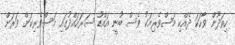
ހިތަދޫން ވާހަކަ ދެއްކި މަސްވެރިއަކު ވެސް ބުނީ އައްޑޫ ސަރަހައްދުގައި މަސްވެރިކަން ވަރަށް